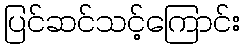
ပြင်ဆင်သင့်ကြောင်း